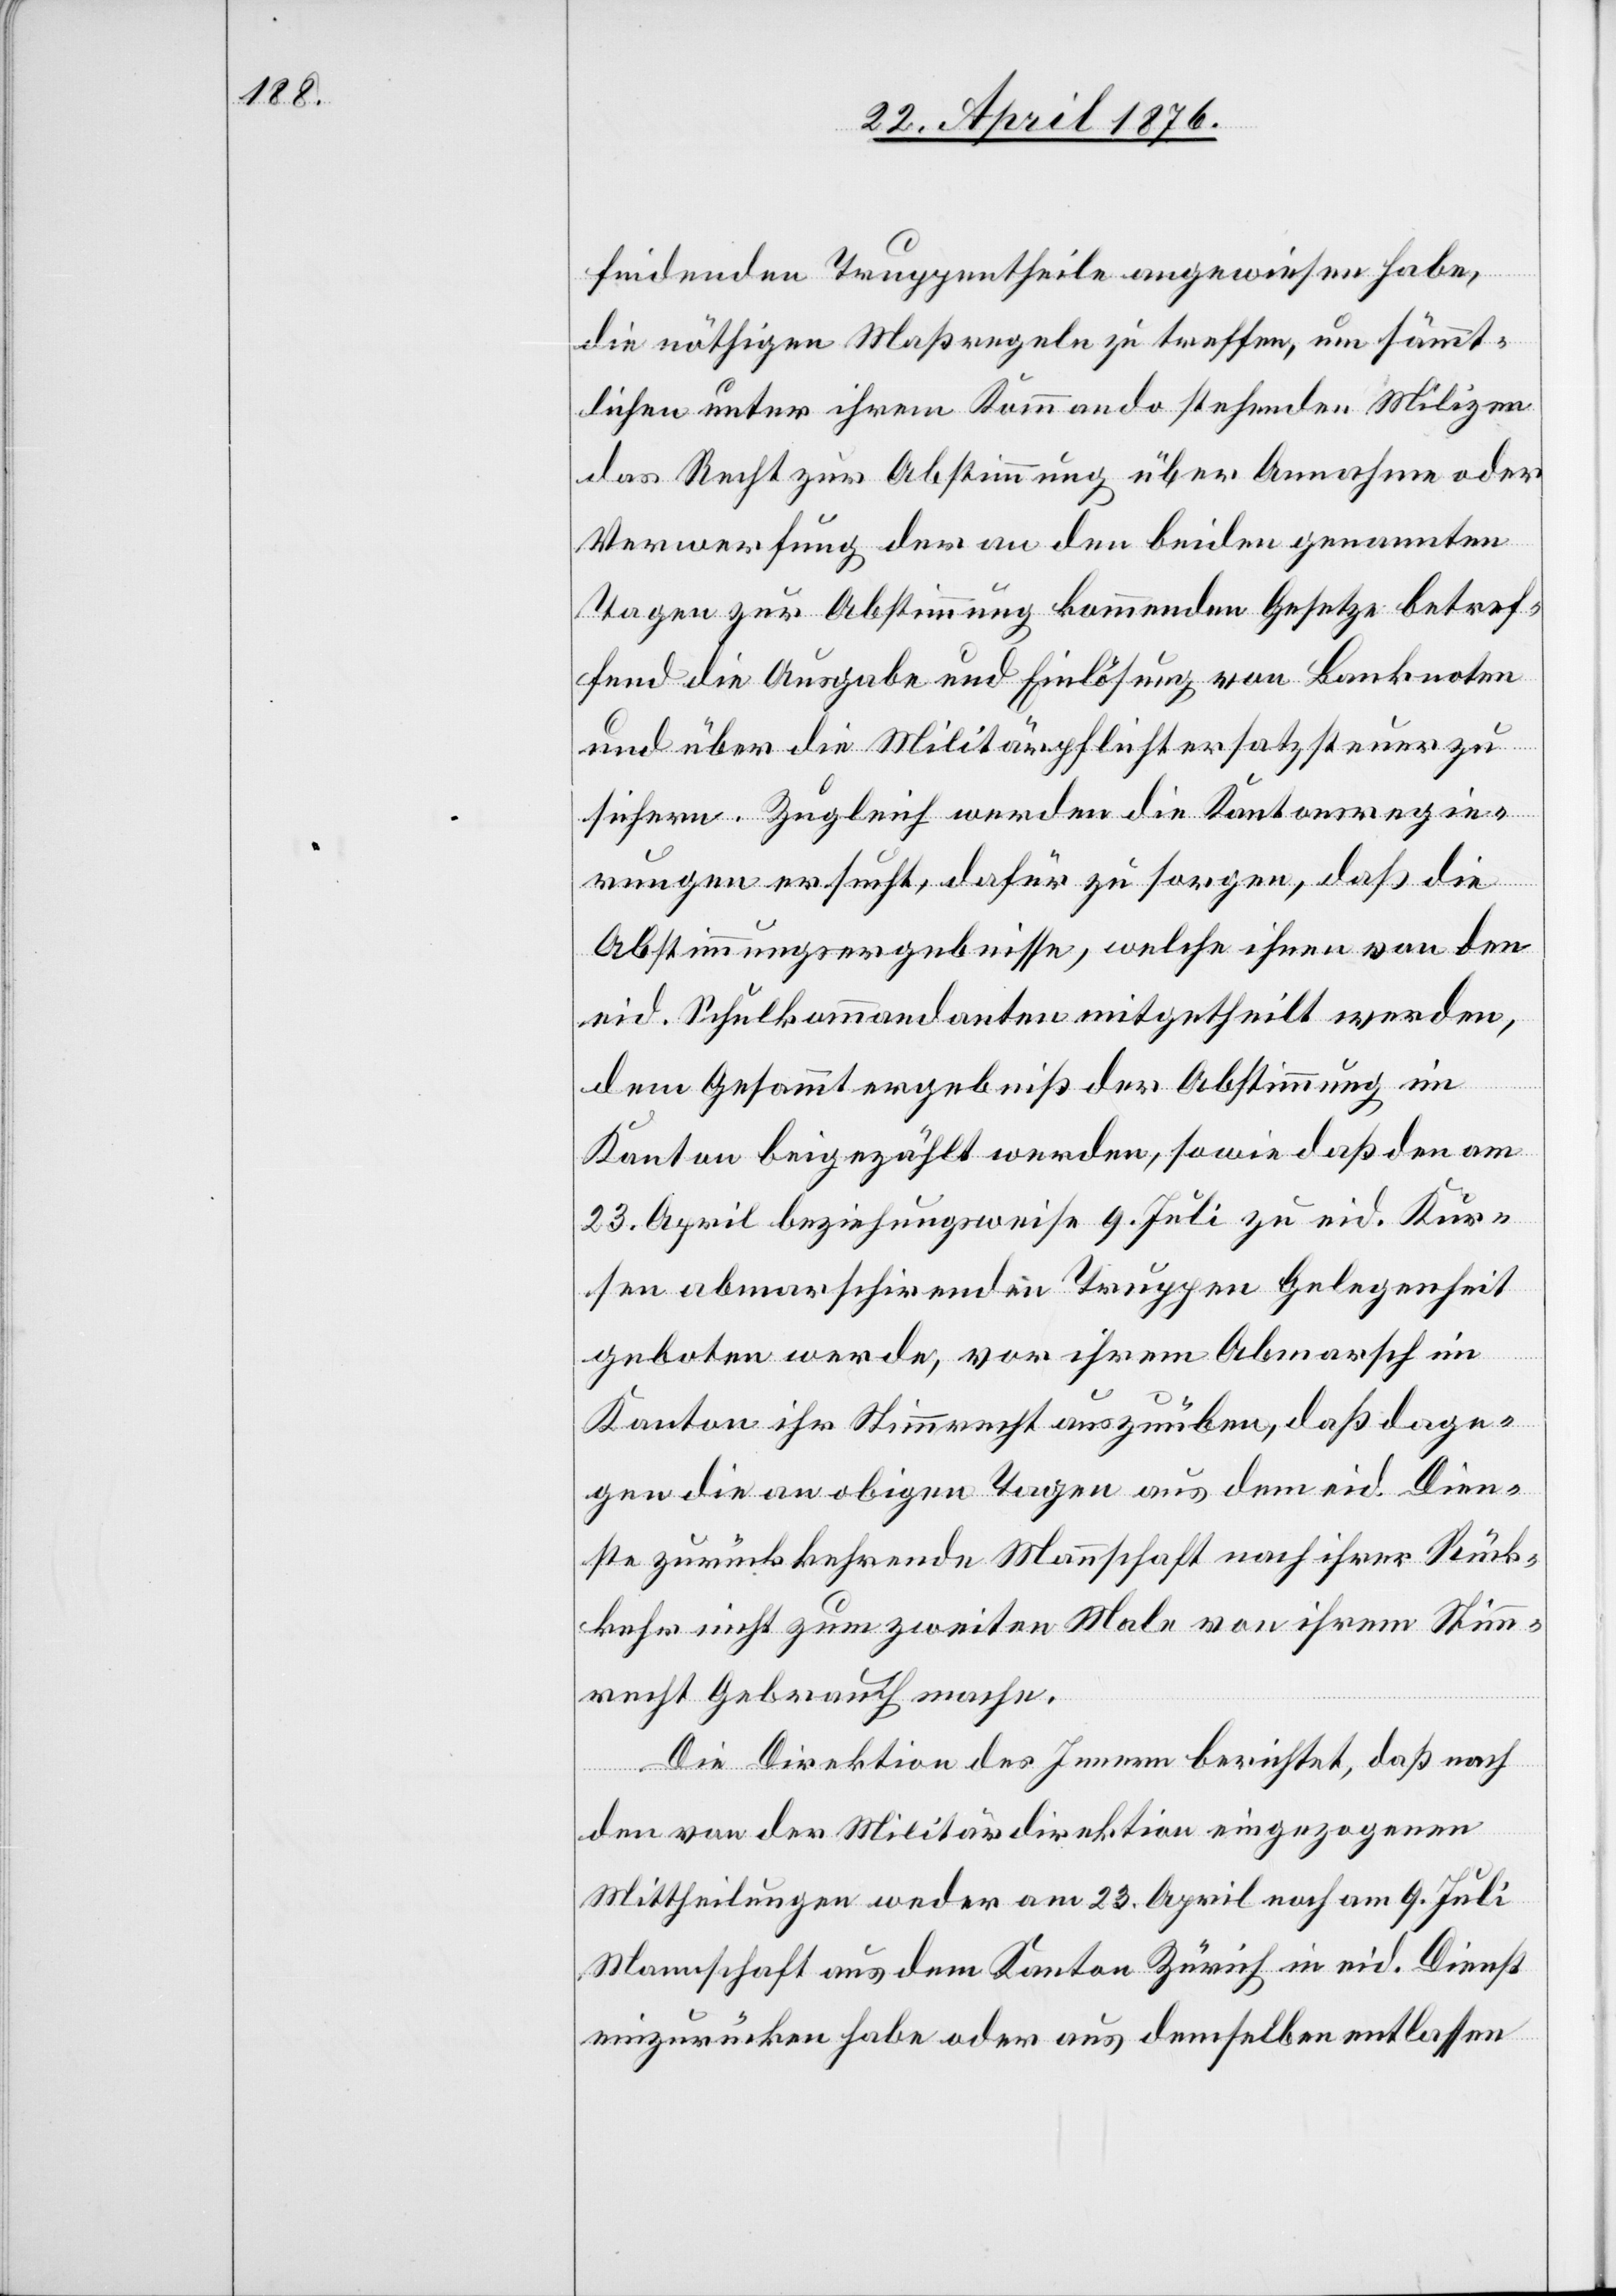
findenen Truppentheile angewiesen habe,
die nöthigen Maßregeln zu treffen, um sämmt¬
lichen unter ihrem Kommando stehenden Milizen
das Recht zur Abstimmung über Annahme oder
Verwerfung der an den beiden genannten
Tagen zur Abstimmung kommenden Gesetze betref¬
fend die Ausgabe und Einlösung von Banknoten
und über die Militärpflichtersatzsteuer zu
sichern. Zugleich werden die Kantonsregie¬
rungen ersucht, dafür zu sorgen, daß die
Abstimmungsergebnisse, welche ihnen von den
eid. Schulkommandanten mitgetheilt werden,
dem Gesammtergebniß der Abstimmung im
Kanton beigezählt werden, sowie daß den am
23. April beziehungsweise 9. Juli zu eid. Kur¬
sen abmarschirenden Truppen Gelegenheit
geboten werde, vor ihrem Abmarsch im
Kanton ihr Stimmrecht auszuüben, daß dage¬
gen die an obigen Tagen aus dem eid. Dien¬
ste zurückkehrende Mannschaft nach ihrer Rück¬
kehr nicht zum zweiten Male von ihrem Stimm¬
recht Gebrauch mache.
Die Direktion des Innern berichtet, daß nach
dem von der Militärdirektion eingezogenen
Mittheilungen weder am 23. April noch am 9. Juli
Mannschaft aus dem Kanton Zürich in eid. Dienst
einzurücken habe oder aus demselben entlassen